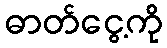
ဓာတ်ငွေ့ကို